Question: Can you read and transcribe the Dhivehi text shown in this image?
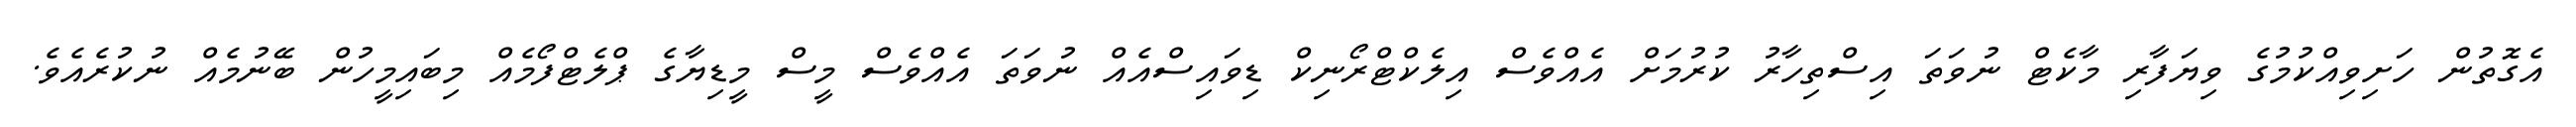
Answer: އެގޮތުން ހަށިވިއްކުމުގެ ވިޔަފާރި މާކެޓް ނުވަތަ އިސްތިހާރު ކުރުމަށް އެއްވެސް އިލެކްޓްރޯނިކް ޑިވައިސްއެއް ނުވަތަ އެއްވެސް މީސް މީޑިޔާގެ ޕްލެޓްފޯމެއް މިބައިމީހުން ބޭނުމެއް ނުކުރެއެވެ.